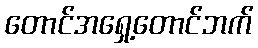
တောင်အရှေ့တောင်ဘက်